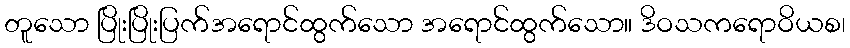
တူသော ပြိုးပြိုးပြက်အရောင်ထွက်သော အရောင်ထွက်သော။ ဒိဝသကရောဝိယစ၊